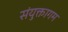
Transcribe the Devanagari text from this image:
संयुक्तागम